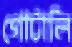
গোটালি